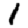
Digit: 1